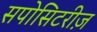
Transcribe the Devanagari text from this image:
सपोसिटरीज़